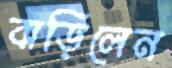
বাড়িলেন